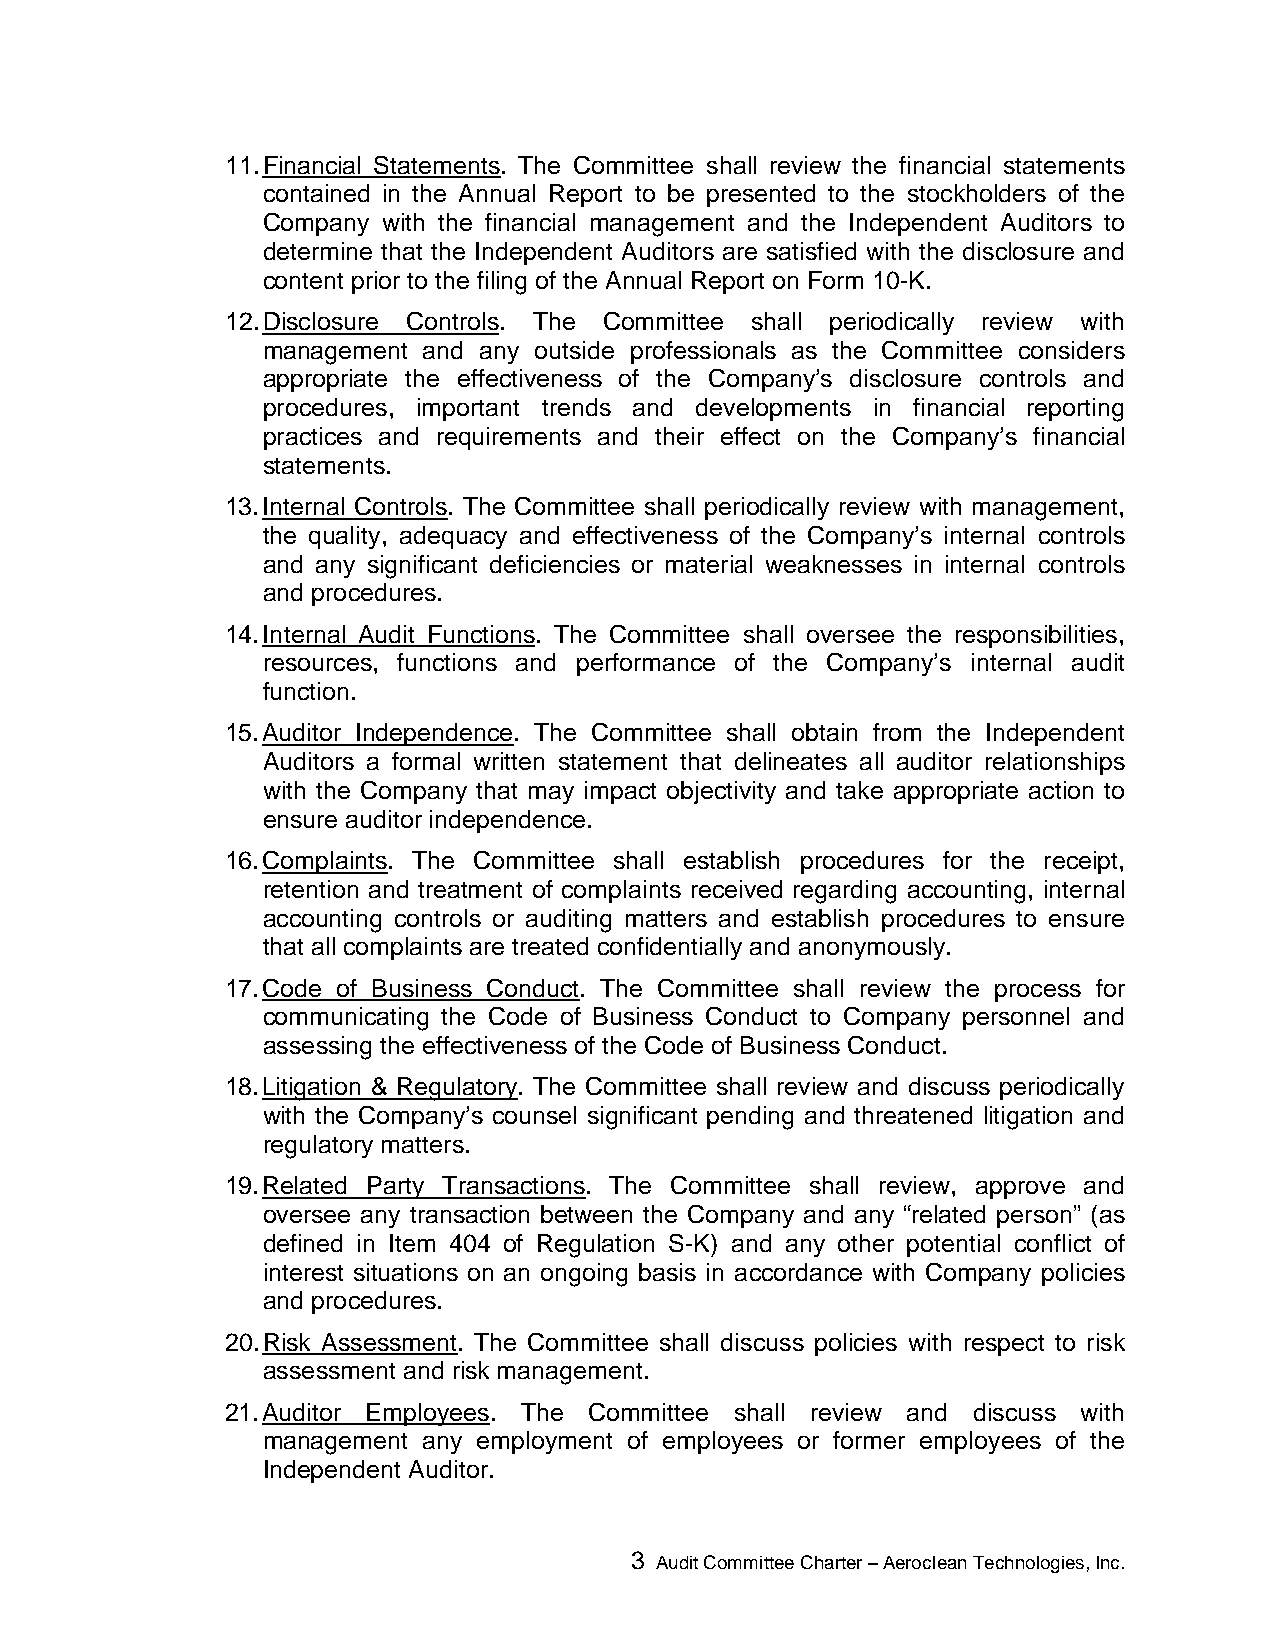
11. Financial Statements. The Committee shall review the financial statements
 contained in the Annual Report to be presented to the stockholders of the
 Company with the financial management and the Independent Auditors to
 determine that the Independent Auditors are satisfied with the disclosure and
 content prior to the filing of the Annual Report on Form 10-K.
 12. Disclosure Controls. The Committee shall periodically review with
 management and any outside professionals as the Committee considers
 appropriate the effectiveness of the Company’s disclosure controls and
 procedures, important trends and developments in financial reporting
 practices and requirements and their effect on the Company’s financial
 statements.
 13. Internal Controls. The Committee shall periodically review with management,
 the quality, adequacy and effectiveness of the Company’s internal controls
 and any significant deficiencies or material weaknesses in internal controls
 and procedures.
 14. Internal Audit Functions. The Committee shall oversee the responsibilities,
 resources, functions and performance of the Company’s internal audit
 function.
 15. Auditor Independence. The Committee shall obtain from the Independent
 Auditors a formal written statement that delineates all auditor relationships
 with the Company that may impact objectivity and take appropriate action to
 ensure auditor independence.
 16. Complaints. The Committee shall establish procedures for the receipt,
 retention and treatment of complaints received regarding accounting, internal
 accounting controls or auditing matters and establish procedures to ensure
 that all complaints are treated confidentially and anonymously.
 17. Code of Business Conduct. The Committee shall review the process for
 communicating the Code of Business Conduct to Company personnel and
 assessing the effectiveness of the Code of Business Conduct.
 18. Litigation & Regulatory. The Committee shall review and discuss periodically
 with the Company’s counsel significant pending and threatened litigation and
 regulatory matters.
 19. Related Party Transactions. The Committee shall review, approve and
 oversee any transaction between the Company and any “related person” (as
 defined in Item 404 of Regulation S-K) and any other potential conflict of
 interest situations on an ongoing basis in accordance with Company policies
 and procedures.
 20. Risk Assessment. The Committee shall discuss policies with respect to risk
 assessment and risk management.
 21. Auditor Employees. The Committee shall review and discuss with
 management any employment of employees or former employees of the
 Independent Auditor.
 3 Audit Committee Charter – Aeroclean Technologies, Inc.